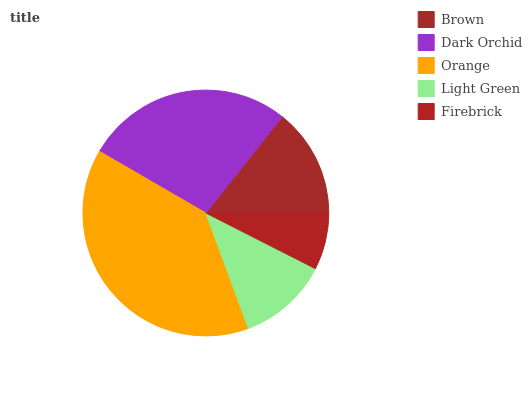
| Brown | Dark Orchid | Orange | Light Green | Firebrick |
 | --- | --- | --- | --- | --- |
 | 14.3% | 27.4% | 39% | 11.9% | 7.48% |